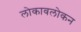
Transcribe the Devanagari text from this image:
लोकावलोकन